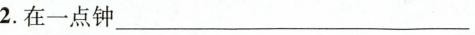
2.在一点钟___